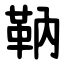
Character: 靹